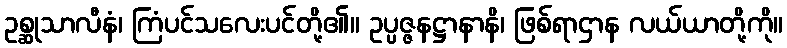
ဥစ္ဆုသာလီနံ၊ ကြံပင်သလေးပင်တို့၏။ ဥပ္ပဇ္ဇနဋ္ဌာနာနိ၊ ဖြစ်ရာဌာန လယ်ယာတို့ကို။